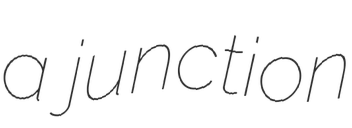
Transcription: a junction